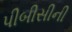
પીબીસીની